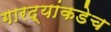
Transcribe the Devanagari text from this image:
गारद्यांकडेच